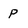
Character: p